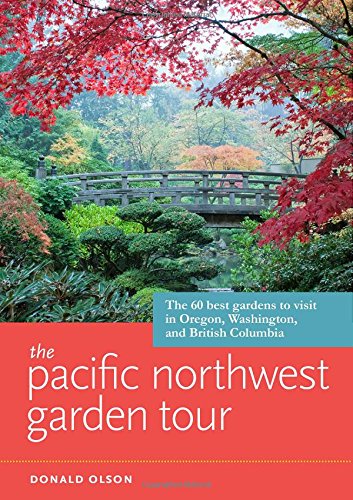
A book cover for The Pacific Northwest Garden Tour: The 60 Best Gardens to Visit in Oregon, Washington, and British Columbia; Donald Olson; Crafts, Hobbies & Home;